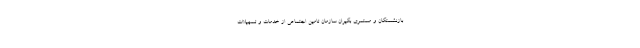
بازنشستگان و مستمری بگیران سازمان تامین اجتماعی از خدمات و تسهیلات